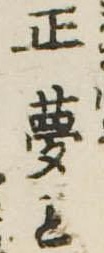
正夢と